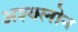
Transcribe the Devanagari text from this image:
अश्क्लोन